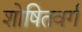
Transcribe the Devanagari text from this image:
शोषितवर्ग